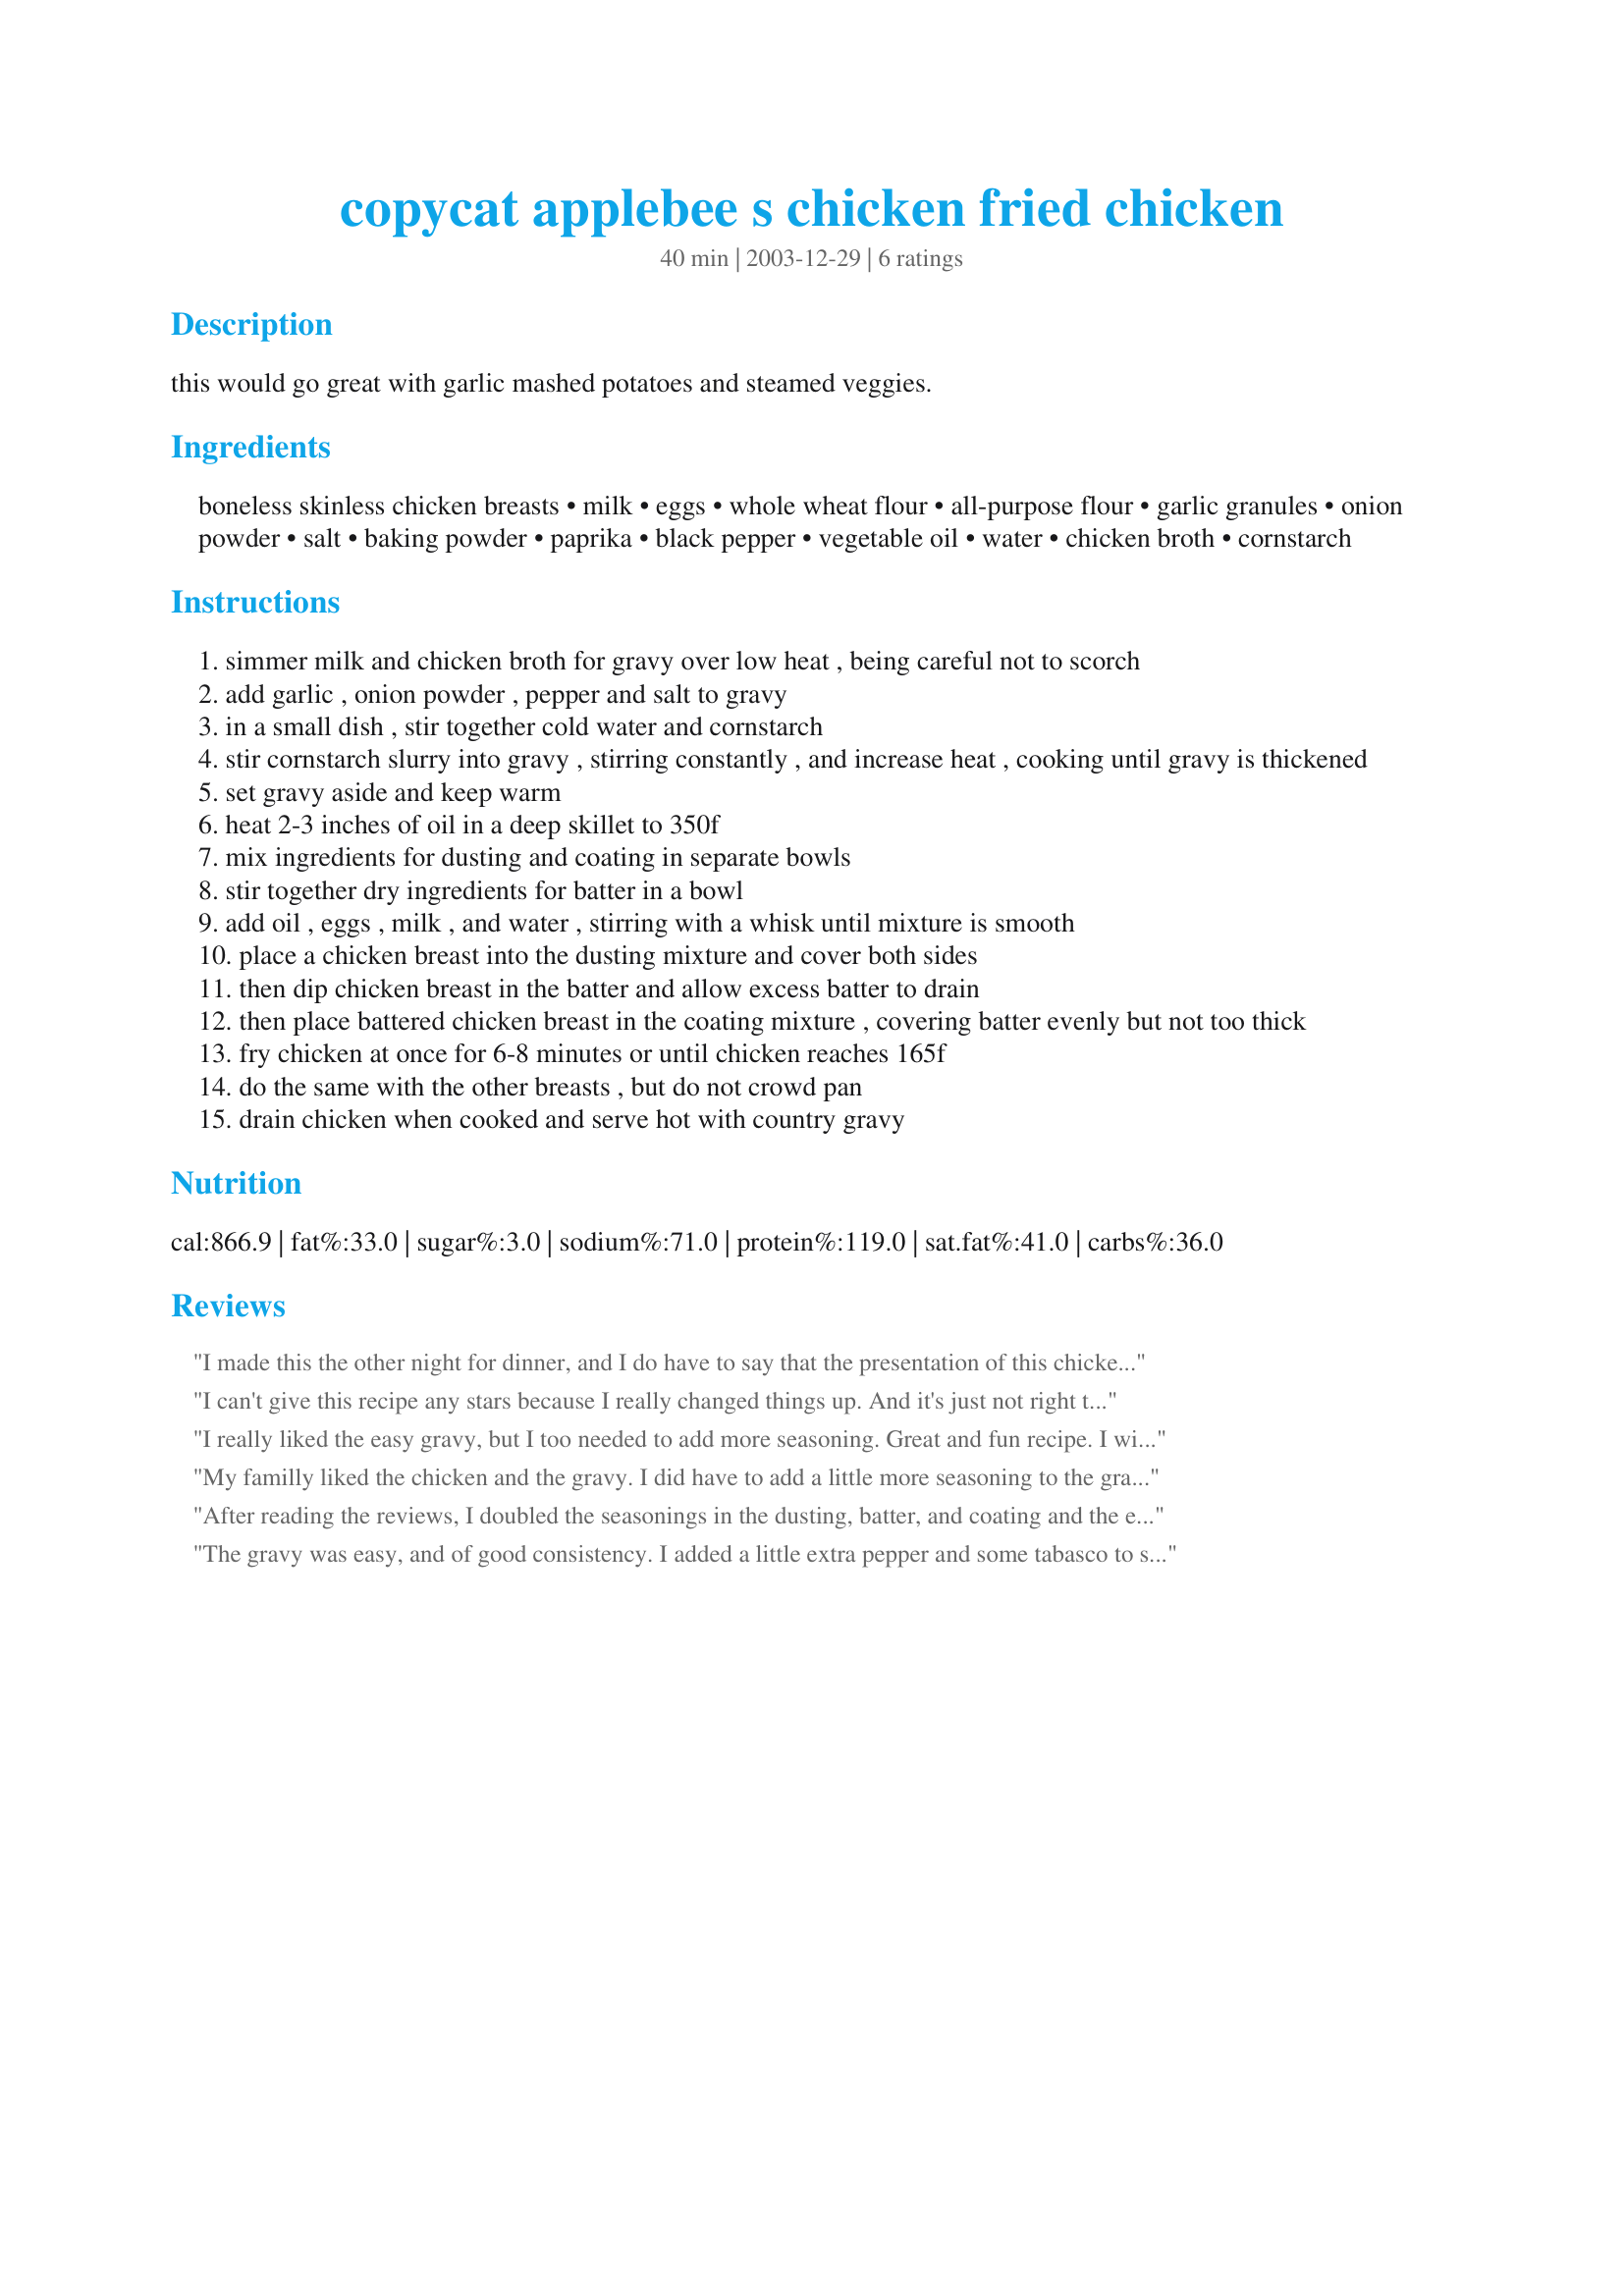
copycat applebee s chicken fried chicken
Preparation time: 40 minutes

this would go great with garlic mashed potatoes and steamed veggies.

Ingredients:
boneless skinless chicken breasts, milk, eggs, whole wheat flour, all-purpose flour, garlic granules, onion powder, salt, baking powder, paprika, black pepper, vegetable oil, water, chicken broth, cornstarch

Steps:
simmer milk and chicken broth for gravy over low heat , being careful not to scorch
add garlic , onion powder , pepper and salt to gravy
in a small dish , stir together cold water and cornstarch
stir cornstarch slurry into gravy , stirring constantly , and increase heat , cooking until gravy is thickened
set gravy aside and keep warm
heat 2-3 inches of oil in a deep skillet to 350f
mix ingredients for dusting and coating in separate bowls
stir together dry ingredients for batter in a bowl
add oil , eggs , milk , and water , stirring with a whisk until mixture is smooth
place a chicken breast into the dusting mixture and cover both sides
then dip chicken breast in the batter and allow excess batter to drain
then place battered chicken breast in the coating mixture , covering batter evenly but not too thick
fry chicken at once for 6-8 minutes or until chicken reaches 165f
do the same with the other breasts , but do not crowd pan
drain chicken when cooked and serve hot with country gravy

Reviews:
I made this the other night for dinner, and I do have to say that the presentation of this chicken was a gorgeous golden brown. However, it did need a little more seasoning for my familys taste. And the country gravy was real bland. Next time I'll add more season to the batter and I won't make the gravy because the chicken really didn't need it. Thanks for sharing.
I can't give this recipe any stars because I really changed things up. And it's just not right to rate my version of Sue L's recipe. BUT this is a great blueprint recipe to 'doll up' to suit your own tastes. I doubled the spices suggested and added cayenne for some zip. Also added some poultry seasoning to the gravy. Yummy! Today I chopped up the left over chicken and made chicken salad sandwiches. I will make this again.
I really liked the easy gravy, but I too needed to add more seasoning. Great and fun recipe. I will cook it again.
My familly liked the chicken and the gravy. I did have to add a little more seasoning to the gravy. I omited the egg wash and only used white flour. I will probibily make this again.
After reading the reviews, I doubled the seasonings in the dusting, batter, and coating and the end result was fantastic!! I used all white flour as well too. It was crispy and had great flavor. Thanks for sharing!! :)
The gravy was easy, and of good consistency. I added a little extra pepper and some tabasco to spice it up. The chicken was great. Will definitely make again.
